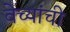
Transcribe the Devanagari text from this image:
वेच्यांची